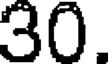
30.